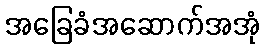
အခြေခံအဆောက်အအုံ